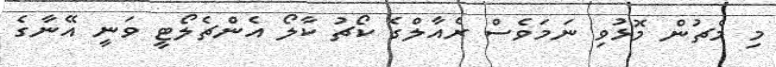
މި މެޗުން މޮޅުވި ނަމަވެސް ރެއާލްގެ ކޯޗު ކާލޯ އެންޗެލޯޓީ ވަނީ އޭނާގެ